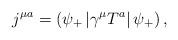
LaTeX: \begin{align*}j^{\mu a}=\left( \psi _{+}\left| \gamma ^{\mu }T^{a}\right| \psi_{+}\right) ,\end{align*}